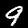
Label: 9